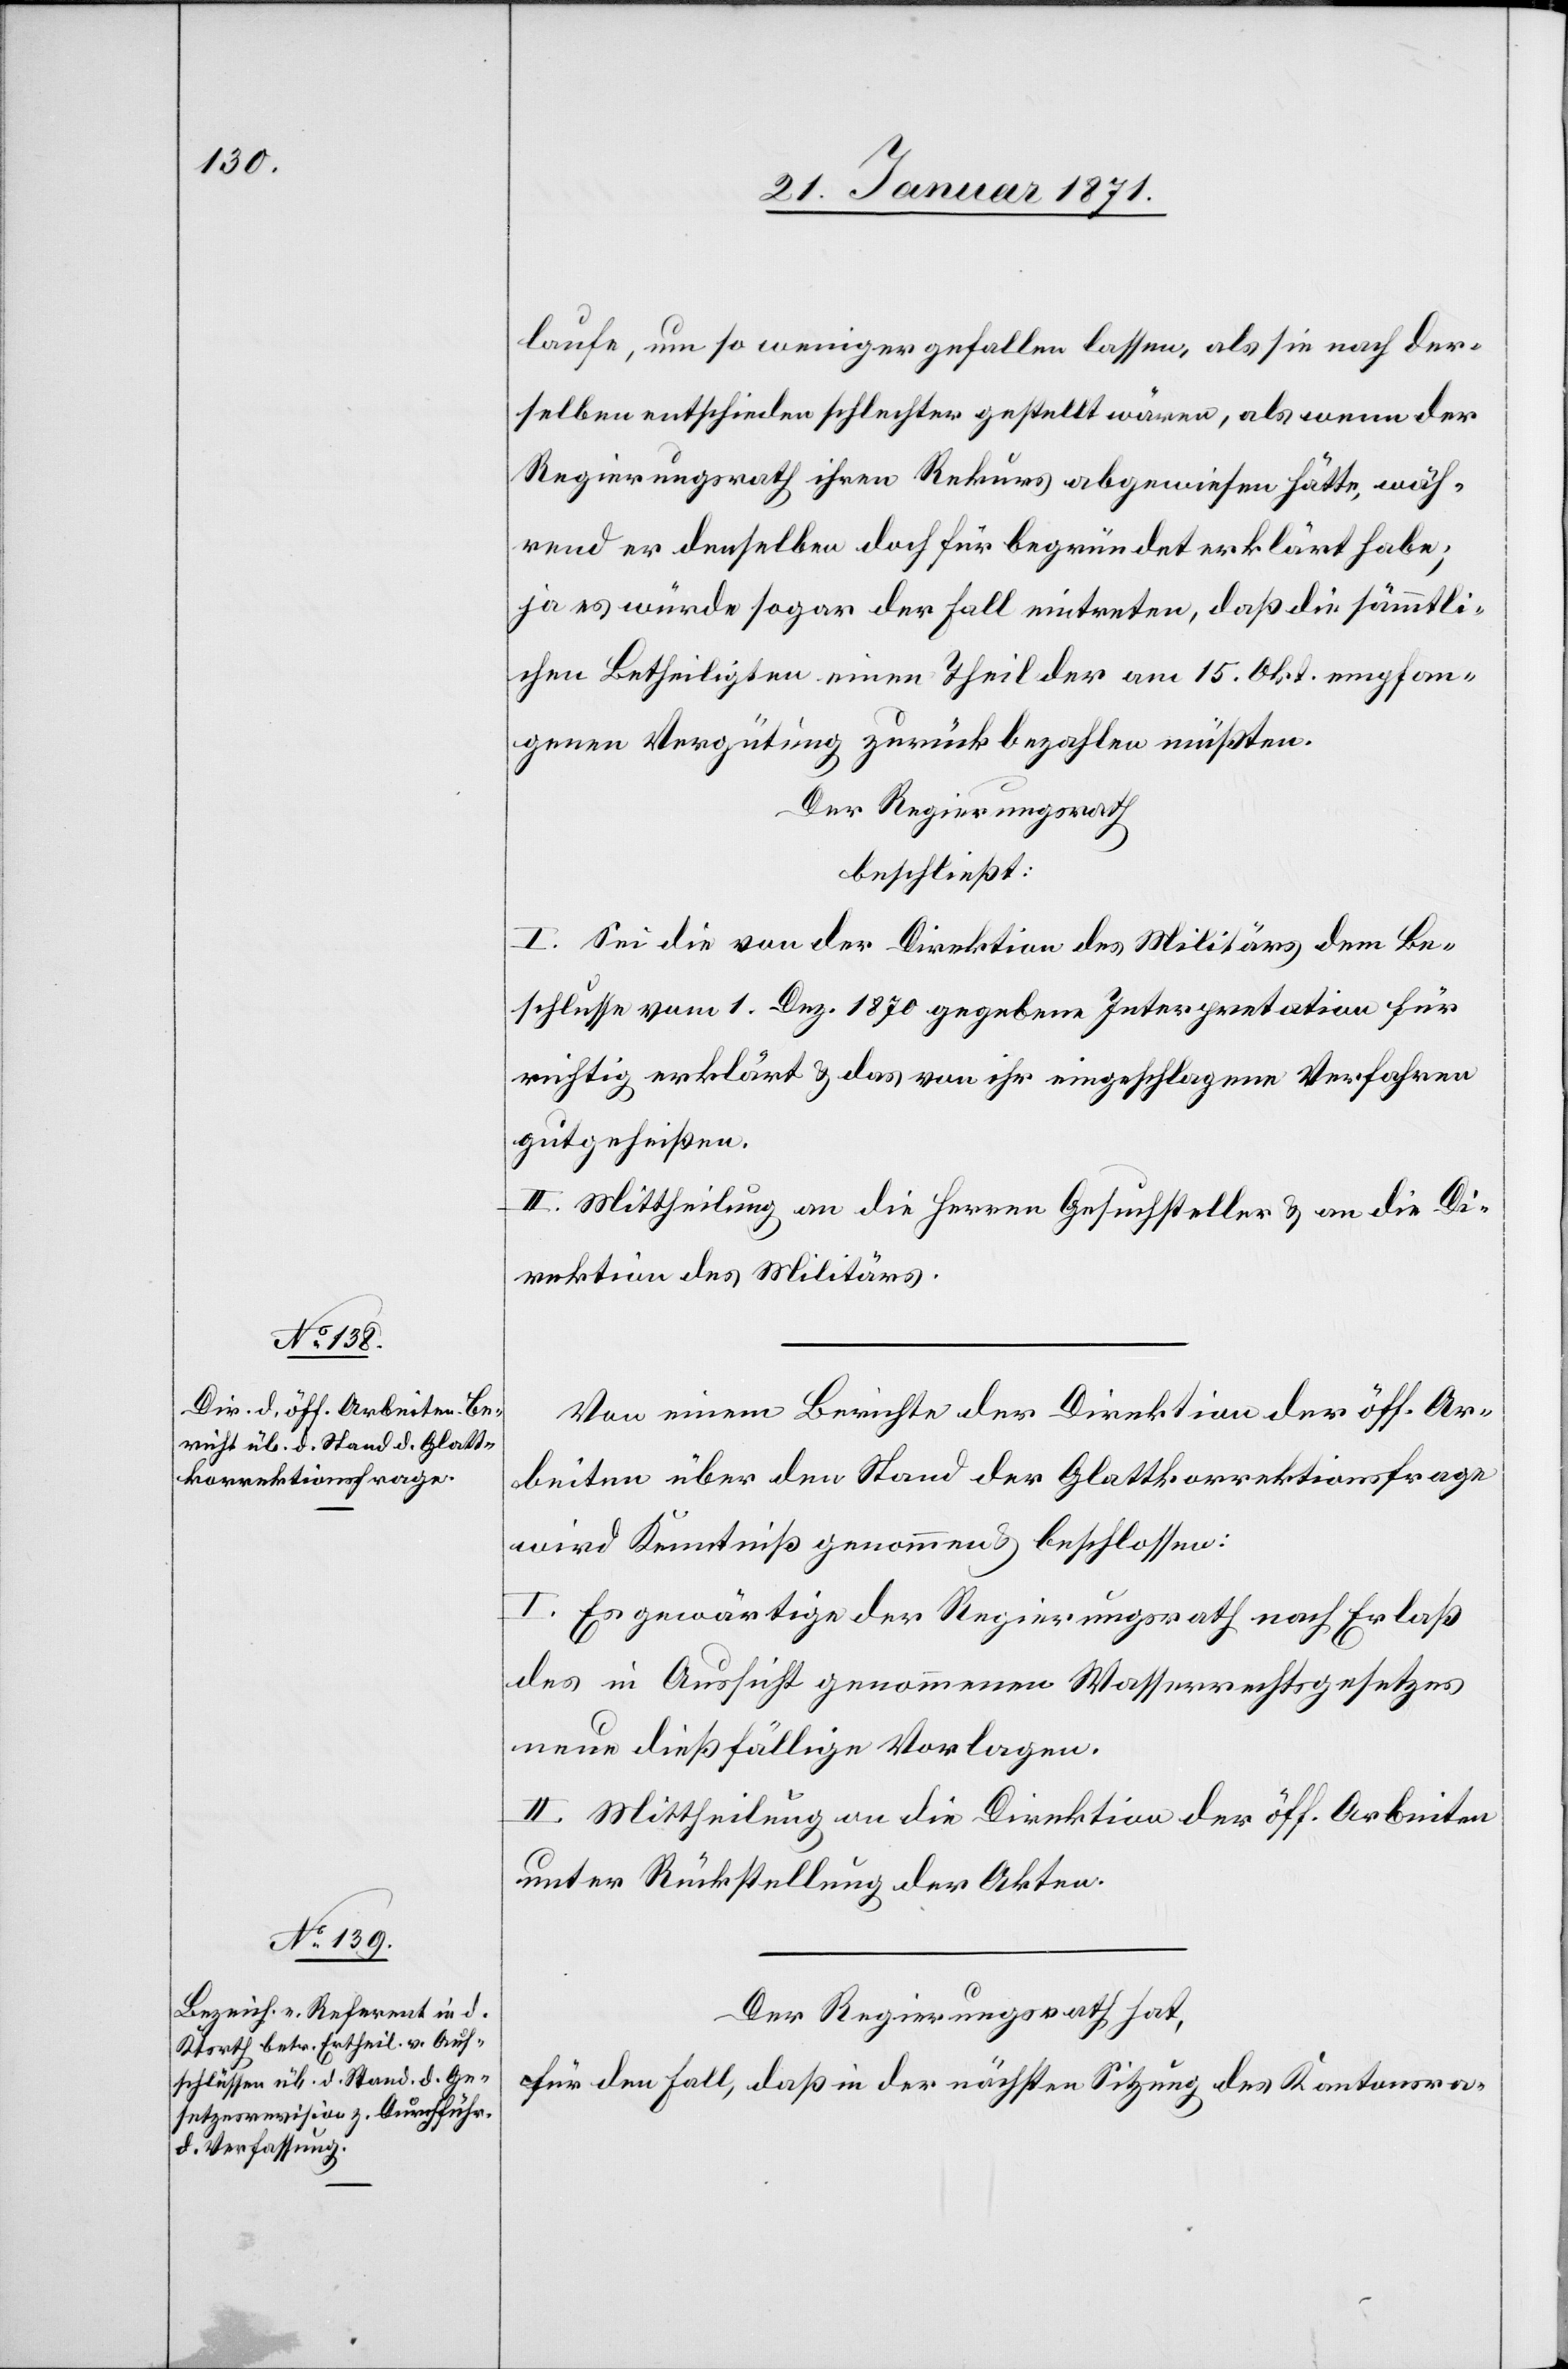
laufe, um so weniger gefallen lassen, als sie nach der¬
selben entschieden schlechter gestellt wären, als wenn der
Regierungsrath ihren Rekurs abgewiesen hätte, wäh¬
rend er denselben doch für begründet erklärt habe;
ja es würde sogar der Fall eintreten, daß die sämtli¬
chen Betheiligten einen Theil der am 15. Okt. empfan¬
genen Vergütung zurückbezahlen müßten.
Der Regierungsrath
beschließt:
I. Sei die von der Direktion des Militärs dem Be¬
schlusse vom 1. Dez. 1870 gegebene Interpretation für
richtig erklärt u. das von ihr eingeschlagene Verfahren
gutgeheißen.
II. Mittheilung an die Herren Gesuchsteller u. an die Di¬
rektion des Militärs.
Von einem Berichte der Direktion der öff. Ar¬
beiten über den Stand der Glattkorrektionsfrage
wird Kenntniß genommen u. beschlossen:
I. Es gewärtige der Regierungsrath nach Erlaß
des in Aussicht genommenen Wasserrechtsgesetzes
neue dießfällige Vorlagen.
II. Mittheilung an die Direktion der öff. Arbeiten
unter Rückstellung der Akten.
Der Regierungsrath hat,
für den Fall, daß in der nächsten Sitzung des Kantonsra-